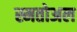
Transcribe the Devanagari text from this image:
स्मतोअल